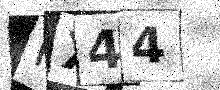
Text: IX44